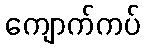
ကျောက်ကပ်